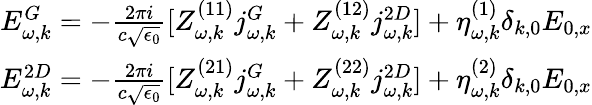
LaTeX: \begin{array}{r}{E_{\omega,k}^{G}=-\frac{2\pi i}{c\sqrt{\epsilon_{0}}}[Z_{\omega,k}^{(11)}j_{\omega,k}^{G}+Z_{\omega,k}^{(12)}j_{\omega,k}^{2D}]+\eta_{\omega,k}^{(1)}\delta_{k,0}E_{0,x}}\\ {E_{\omega,k}^{2D}=-\frac{2\pi i}{c\sqrt{\epsilon_{0}}}[Z_{\omega,k}^{(21)}j_{\omega,k}^{G}+Z_{\omega,k}^{(22)}j_{\omega,k}^{2D}]+\eta_{\omega,k}^{(2)}\delta_{k,0}E_{0,x}}\end{array}